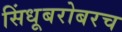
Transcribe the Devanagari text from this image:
सिंधूबरोबरच